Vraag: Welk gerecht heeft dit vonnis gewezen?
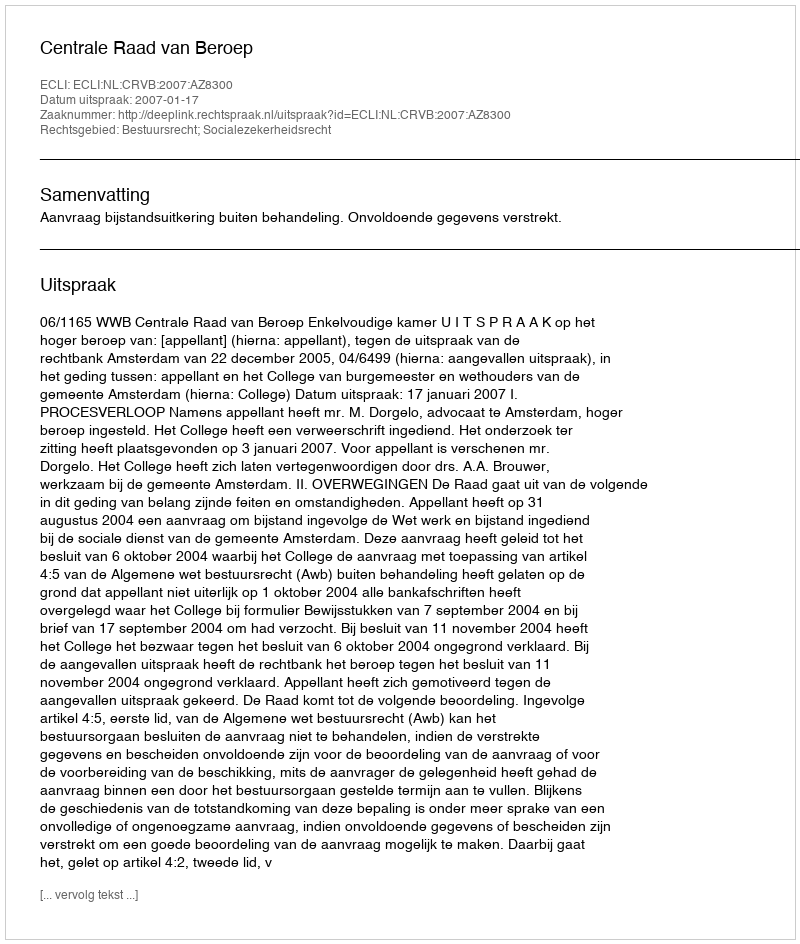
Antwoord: Centrale Raad van Beroep